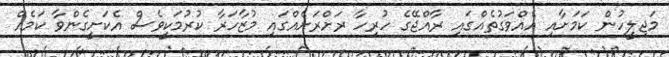
މަޖިލީހުން ކަމަށާއި އެއްވަގުތެއްގައި ރާއްޖޭގެ ހުރިހާ ރަށްރަށެއްގައި މުޒާހަރާ ކުރުމަކީވެސް އެކަށީގެންވާ ކަމެއް